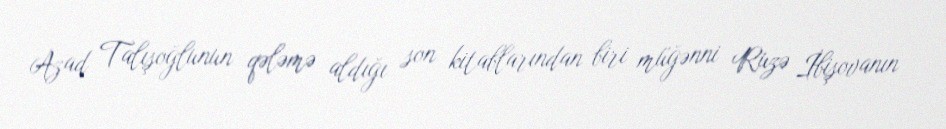
Azad Talışoğlunun qələmə aldığı son kitablarından biri müğənni Ruzə İbişovanın